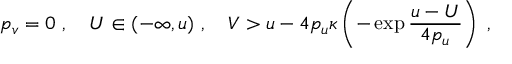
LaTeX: p _ { v } = 0 \ , \quad U \in ( - \infty , u ) \ , \quad V > u - 4 p _ { u } \kappa \left( - \exp \frac { u - U } { 4 p _ { u } } \right) \ ,